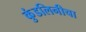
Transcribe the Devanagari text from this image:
कुंडलिनीचा